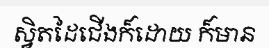
ស្វិតដៃជើងក៏ដោយ ក៏មាន